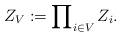
LaTeX: \begin{align*} Z_V & := \prod\nolimits_{i\in V} Z_i.\end{align*}